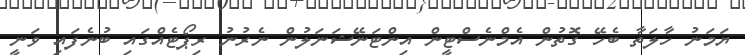
ޔަމަނު ހާލަތާ ބެހޭ ގޮތުން އެމްނެސްޓީން އިންޓަނޭޝަނަލުން ނެރުނު ރިޕޯޓެއްގައި ބުނެފައި ވަނީ